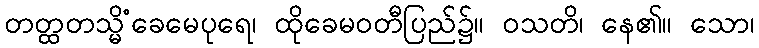
တတ္ထတသ္မိံခေမေပုရေ၊ ထိုခေမဝတီပြည်၌။ ဝသတိ၊ နေ၏။ သော၊